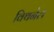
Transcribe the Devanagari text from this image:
विथनेल